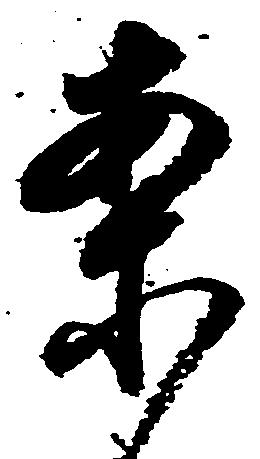
案